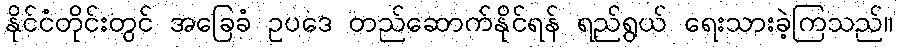
နိုင်ငံတိုင်းတွင် အခြေခံ ဥပဒေ တည်ဆောက်နိုင်ရန် ရည်ရွယ် ရေးသားခဲ့ကြသည်။